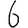
Digit: 6